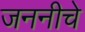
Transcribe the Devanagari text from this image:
जननीचे